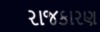
રાજકારણ